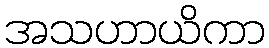
အသဟာယိကာ